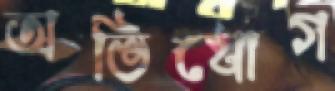
অভিযোগ